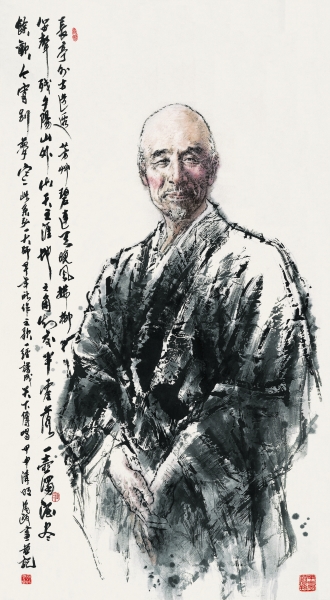
为政不难，不得罪于巨室。